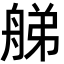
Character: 䑯